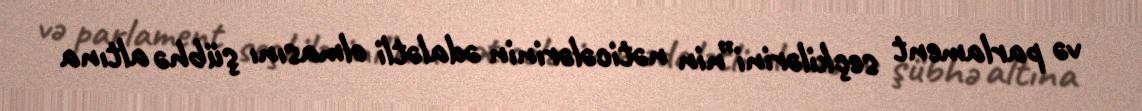
və parlament seçkilərini”nin nəticələrinin ədalətli olmasını şübhə altına